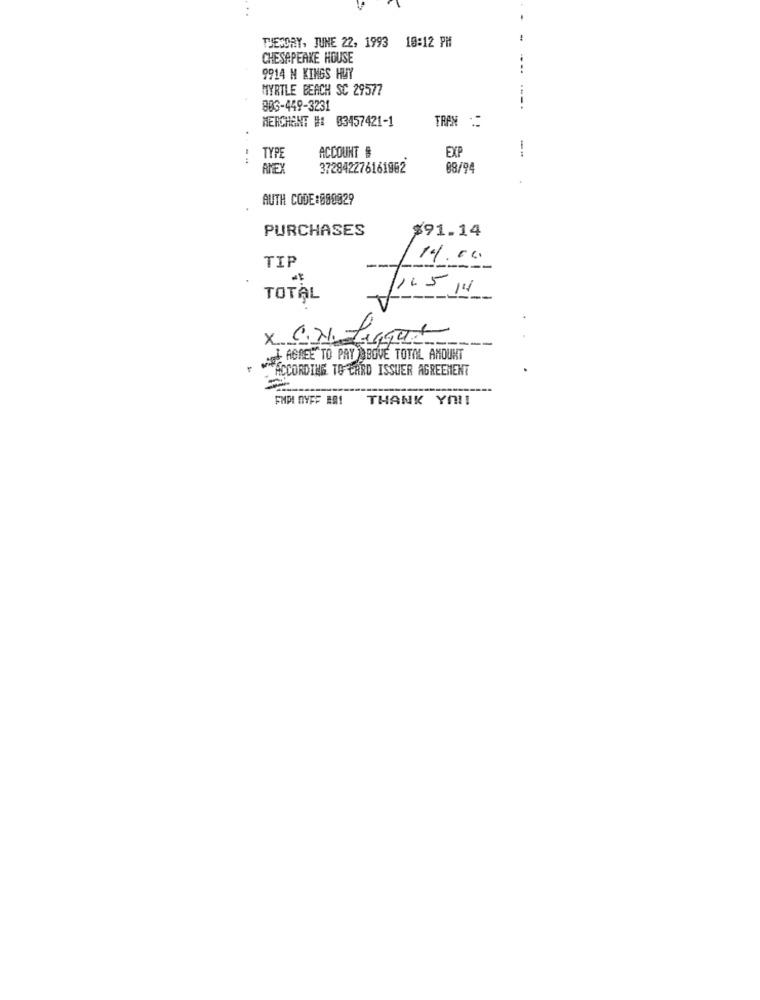
TUESDAY, JUNE 22, 1993 10:12 PM
CHESAPEAKE HOUSE
9914 M KINGS HUY
MYRTLE BEACH SC 29577
803-449-3231
MERCHANT #: 03457421-1
TRAN :
EXP
--
- 4.
TYPE
ACCOUNT #
AMEX
372842276161962
88/94
AUTH CODE:000029
PURCHASES
$91.14
TIP
14.06
----
1.5 /4
TOTAL
x C.N. Lagar
IAGREE TO PAY ABOVE TOTAL AMOUNT
ACCORDING TO CARD ISSUER AGREEMENT
FMDI DYFF ER!
THANK YOU!